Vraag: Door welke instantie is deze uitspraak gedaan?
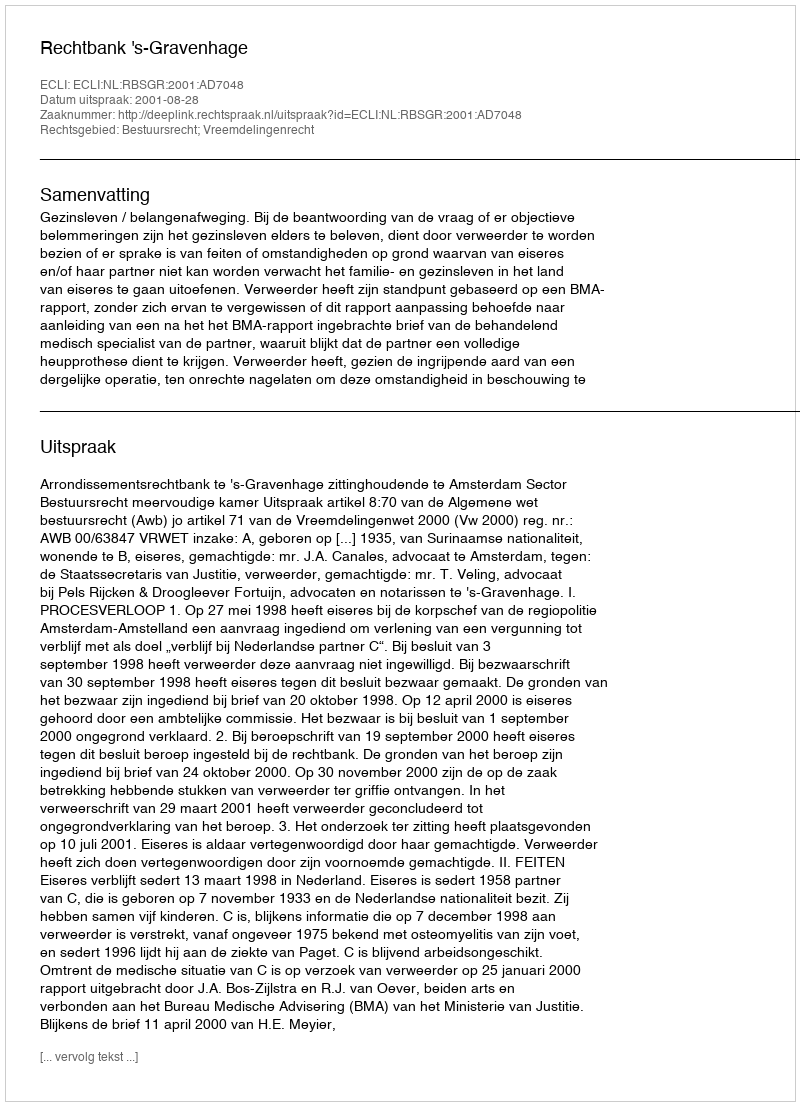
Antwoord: Rechtbank 's-Gravenhage